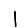
Digit: 1